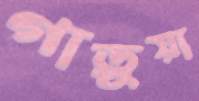
গাড়ুয়া